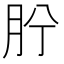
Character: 𦙝